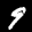
Label: 9